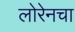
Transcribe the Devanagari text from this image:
लोरेनचा